Reports on dispensaries and lunatic asylums in the Province of Oudh - 1869-1876
Year: 1869
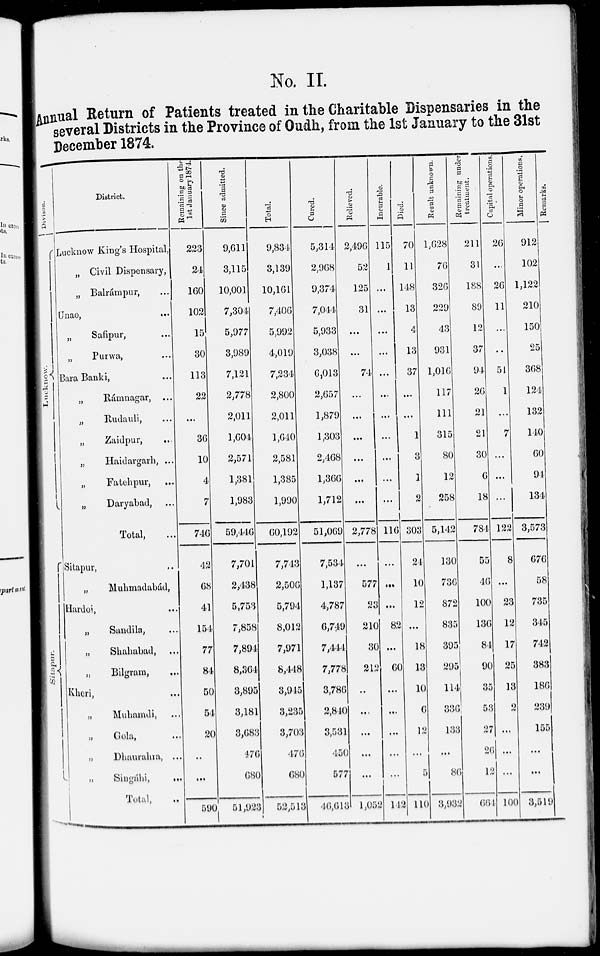
No. II.
Annual Return of Patients treated in the Charitable Dispensaries in the
several Districts in the Province of Oudh, from the 1st January to the 31st
December 1874.
Divison.
Lucknow.
Sitapur.
District.
Lucknow King's Hospital,
„ Civil Dispensary,
„ Balrámpur, ...
Unao,
...
Safipur, ...
„
Purwa, ...
Bara Banki, ...
„
Rámnagar, ...
„
Rudauli, ...
„
Zaidpur, ...
„
Haidargarh, ...
„
Fatehpur, ...
„
Daryabad, ...
Total, ...
Sitapur, ..
„
Muhmadabád,
Hardoi, ...
„
Sandila, ...
„
Shahabad, ...
„
Bilgram,
...
Kheri, ...
„
Muhamdi, ...
„
Gola, ...
„
Dhauralua, ...
„ Singáhi,
...
Total,
..
Remaining on the
1st January 1874.
223
24
160
102
15
30
113
22
...
36
10
4
7
746
42
68
41
154
77
84
50
54
20
..
...
590
Since admitted.
9,611
3,115
10,001
7,304
5,977
3,989
7,121
2,778
2,011
1,604
2,571
1,381
1,983
59,446
7,701
2,438
5,753
7,858
7,894
8,364
3,895
3,181
3,683
476
680
51,923
Total.
9,834
3,139
10,161
7,406
5,992
4,019
7,234
2,800
2,011
1,640
2,581
1,385
1,990
60,192
7,743
2,506
5,794
8,012
7,971
8,448
3,945
3,235
3,703
476
680
52,513
Cured.
5,314
2,968
9,374
7,044
5,933
3,038
6,013
2,657
1,879
1,303
2,468
1,366
1,712
51,069
7,534
1,137
4,787
6,749
7,444
7,778
3,786
2,840
3,531
450
577
46,613
Relieved.
2,496
52
125
31
...
...
74
...
...
...
...
...
...
2,778
...
577
23
210
30
212
..
...
...
...
...
1,052
Incurable.
115
1
...
...
...
...
...
...
...
...
...
...
...
116
...
...
...
82
...
60
...
...
...
...
...
142
Died.
70
11
148
13
4
13
37
...
...
1
3
1
2
303
24
10
12
...
18
13
10
6
12
...
5
110
Result unknown.
1,628
76
326
229
43
931
1,016
117
111
315
80
12
258
5,142
130
736
872
835
395
295
114
336
133
...
86
3,932
Remaining under
treatment.
211
31
188
89
12
37
94
26
21
21
30
6
18
784
55
46
100
136
84
90
35
53
27
26
12
664
Capital operations.
26
...
26
11
...
...
54
1
...
7
...
...
...
122
8
...
23
12
17
25
13
2
...
...
...
100
Minor operations.
912
102
1,122
210
150
25
368
124
132
140
60
94
134
3,573
676
58
735
345
742
383
186
239
155
...
...
3,519
Remarks.